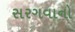
સરગવાનો